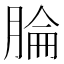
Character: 腀